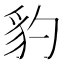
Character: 豹